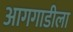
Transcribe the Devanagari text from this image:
आगगाडीला